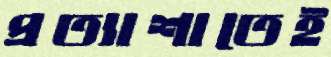
প্রত্যাশাতেই